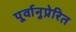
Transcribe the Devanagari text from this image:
पूर्वानुप्रेरित